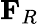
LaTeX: \mathbf{F}_{R}